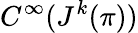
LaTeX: C^{\infty}(J^{k}(\pi))